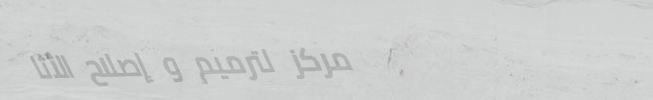
مركز لترميم و إصلاح الأثا